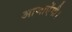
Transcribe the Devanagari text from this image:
आजाऐंगी।